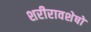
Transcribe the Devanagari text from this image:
शरीरावशेषों